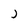
Character: J